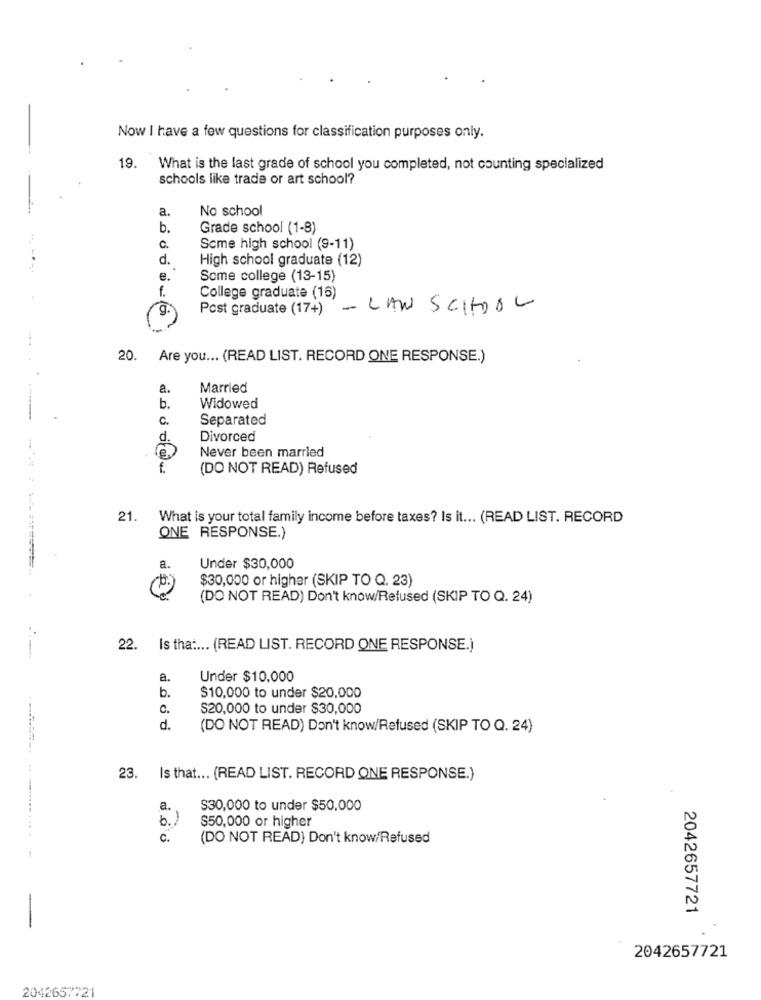
Now I have a few questions for classification purposes only.
19.
What is the last grade of school you completed, not counting specialized
schools like trade or art school?
a.
No school
b.
Grade school (1-8)
c.
Scme high school (9-11)
d.
High school graduate (12)
e.
Some college (13-15)
f.
College graduate (16)
Post graduate (17+)
- LAW SCHOOL
g.
20.
Are you ... (READ LIST. RECORD ONE RESPONSE.)
a.
Married
b.
Widowed
-
c.
Separated
d.
Divorced
Never been married
(DO NOT READ) Refused
21. What is your total family income before taxes? Is it ... (READ LIST. RECORD
ONE RESPONSE.)
a.
Under $30,000
$30,000 or higher (SKIP TO Q. 23)
(DO NOT READ) Don't know/Refused (SKIP TO Q. 24)
22. Is that ... (READ LIST. RECORD ONE RESPONSE.)
a.
Under $10.000
b.
$10,000 to under $20,000
C.
$20,000 to under $30,000
d.
(DO NOT READ) Don't know/Refused (SKIP TO Q. 24)
23. Is that ... (READ LIST. RECORD ONE RESPONSE.)
a.
$30,000 to under $50,000
b.
-
$50,000 or higher
C.
(DO NOT READ) Don't know/Refused
-
2042657721
2042657721
2042657721